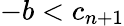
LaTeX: -b<c_{n+1}